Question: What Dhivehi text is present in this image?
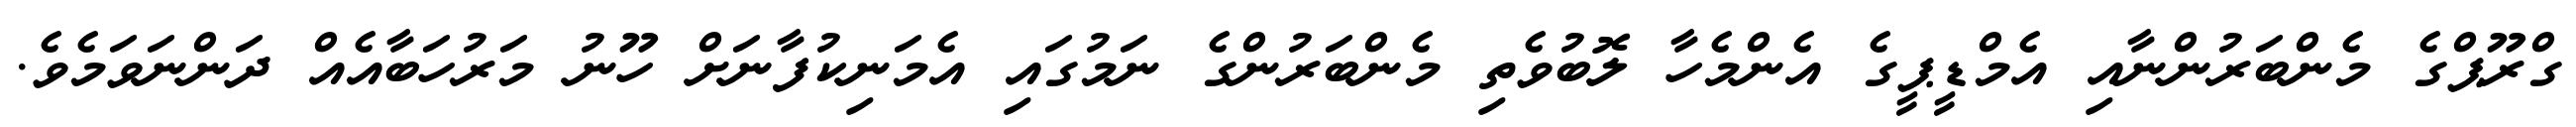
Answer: ގްރޫޕްގެ މެންބަރުންނާއި އެމްޑީޕީގެ އެންމެހާ ލޮބުވެތި މެންބަރުންގެ ނަމުގައި އެމަނިކުފާނަށް ހޫނު މަރުހަބާއެއް ދަންނަވަމެވެ.